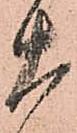
大